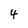
Character: 4